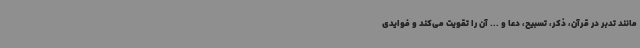
مانند تدبر در قرآن، ذکر، تسبیح، دعا و ... آن را تقویت می‌کند و فوایدی